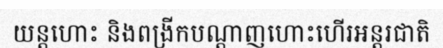
យន្តហោះ និងពង្រីកបណ្តាញហោះហើរអន្តរជាតិ